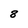
Character: 8